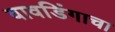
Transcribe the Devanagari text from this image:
वावडिंगाचा